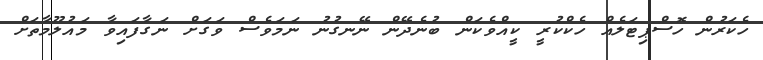
ހެކަރުން ހޮސްޕިޓަލެއް ހެކްކުރީ ކީއްވެކަން ބުނެދޭން ނޭނގުނު ނަމަވެސް ވަގަށް ނަގާފައިވާ މައުލޫމާތަށް